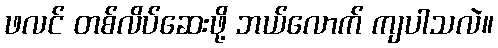
ဖလင် တစ်လိပ်ဆေးဖို့ ဘယ်လောက် ကျပါသလဲ။